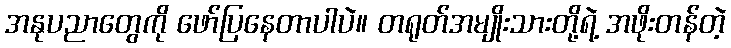
အနုပညာတွေကို ဖော်ပြနေတာပါပဲ။ တရုတ်အမျိုးသားတို့ရဲ့ အဖိုးတန်တဲ့